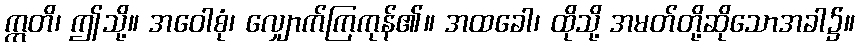
ဣတိ၊ ဤသို့။ အဝေါစုံ၊ လျှောက်ကြကုန်၏။ အထခေါ၊ ထိုသို့ အမတ်တို့ဆိုသောအခါ၌။